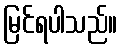
မြင်ရပါသည်။